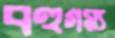
বহুগম্য